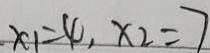
x _ { 1 } = 4 , x _ { 2 } = 7